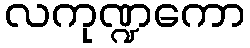
လကုဏ္ဍကော